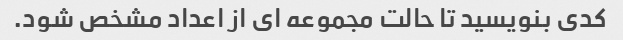
کدی بنویسید تا حالت مجموعه ای از اعداد مشخص شود.